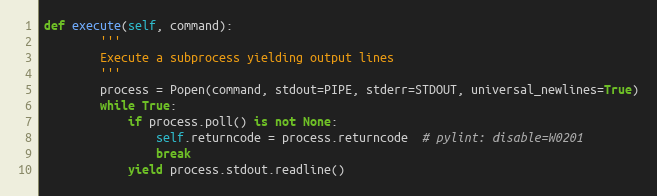
Language: Python
def execute(self, command):
        '''
        Execute a subprocess yielding output lines
        '''
        process = Popen(command, stdout=PIPE, stderr=STDOUT, universal_newlines=True)
        while True:
            if process.poll() is not None:
                self.returncode = process.returncode  # pylint: disable=W0201
                break
            yield process.stdout.readline()